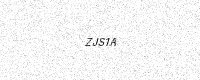
Text: ZJS1A